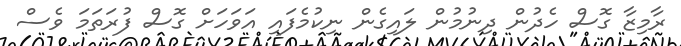
ރާމިޒާ ގޮސް ހެދުން ދިނުމުން ލައިގެން ނިކުމެފައި އަވަހަށް ގޮސް ފުރަތަމަ ވެސް